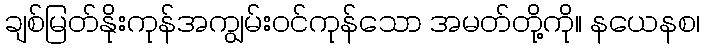
ချစ်မြတ်နိုးကုန်အကျွမ်းဝင်ကုန်သော အမတ်တို့ကို။ နယေနစ၊